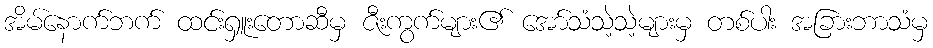
အိမ်နောက်ဘက် ထင်းရှူးတောဆီမှ ဇီးကွက်များ၏ အော်သံသဲ့သဲ့များမှ တစ်ပါး အခြားဘာသံမှ